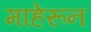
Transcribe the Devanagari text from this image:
माहेरून